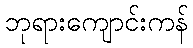
ဘုရားကျောင်းကန်